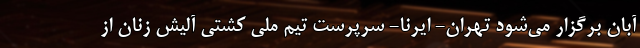
آبان برگزار می‌شود تهران- ایرنا- سرپرست تیم ملی کشتی آلیش زنان از